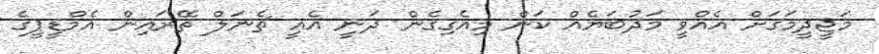
މަޖީދީމަގަށް އެއްވީ މަދުބަޔެއް ކަން މިއެގިގެން ދަނީ އެއީ ޗެނަލް ތޭރައިން އެމްޑީޕީގެ